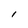
Character: I